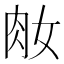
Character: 𦘽